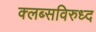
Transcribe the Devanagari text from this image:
क्लब्सविरुध्द